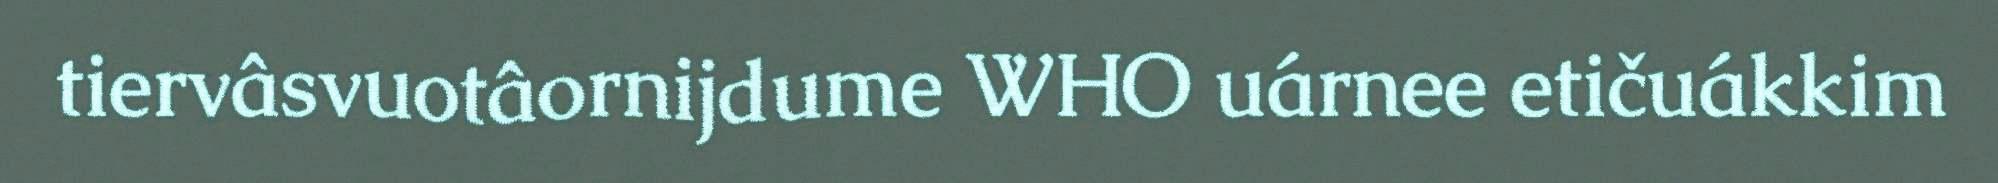
tiervâsvuotâornijdume WHO uárnee etičuákkim